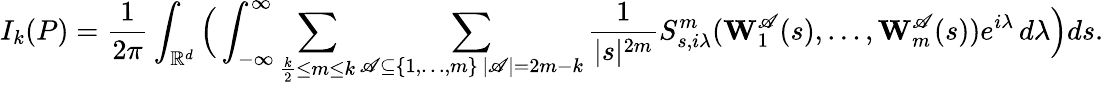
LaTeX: I_{k}(P)=\frac{1}{2\pi}\int_{\mathbb R^{d}}\Big(\int_{-\infty}^{\infty}\sum_{\frac{k}{2}\leq m\leq k}\sum_{\substack{\mathscr{A}\subseteq\{ 1,\ldots,m\} \, |\mathscr{A}|=2m-k}}\frac{1}{|s|^{2m}}S_{s,i\lambda}^{m}(\mathbf{W}_{1}^{\mathscr{A}}(s),\ldots,\mathbf{W}_{m}^{\mathscr{A}}(s))e^{i\lambda}\, d\lambda\Big)ds.